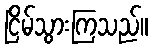
ငြိမ်သွားကြသည်။